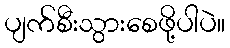
ပျက်စီးသွားစေဖို့ပါပဲ။